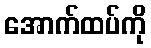
အောက်ထပ်ကို